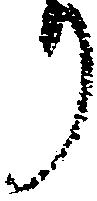
り